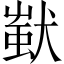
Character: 𤠷